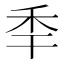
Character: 𥝝